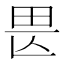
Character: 𤰵